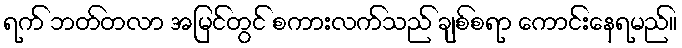
ရက် ဘတ်တလာ အမြင်တွင် စကားလက်သည် ချစ်စရာ ကောင်းနေရမည်။